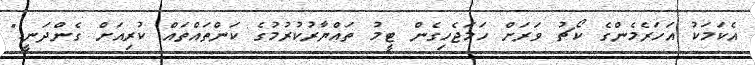
އެކަމަކު އަހަރެމެންގެ ކޯޗު ވަރަށް ހަމަޖެހިގެން ޓީމު ތައްޔާރުކުރުމުގެ ކަންތައްތައް ކުރިއަށް ގެންދަނީ."